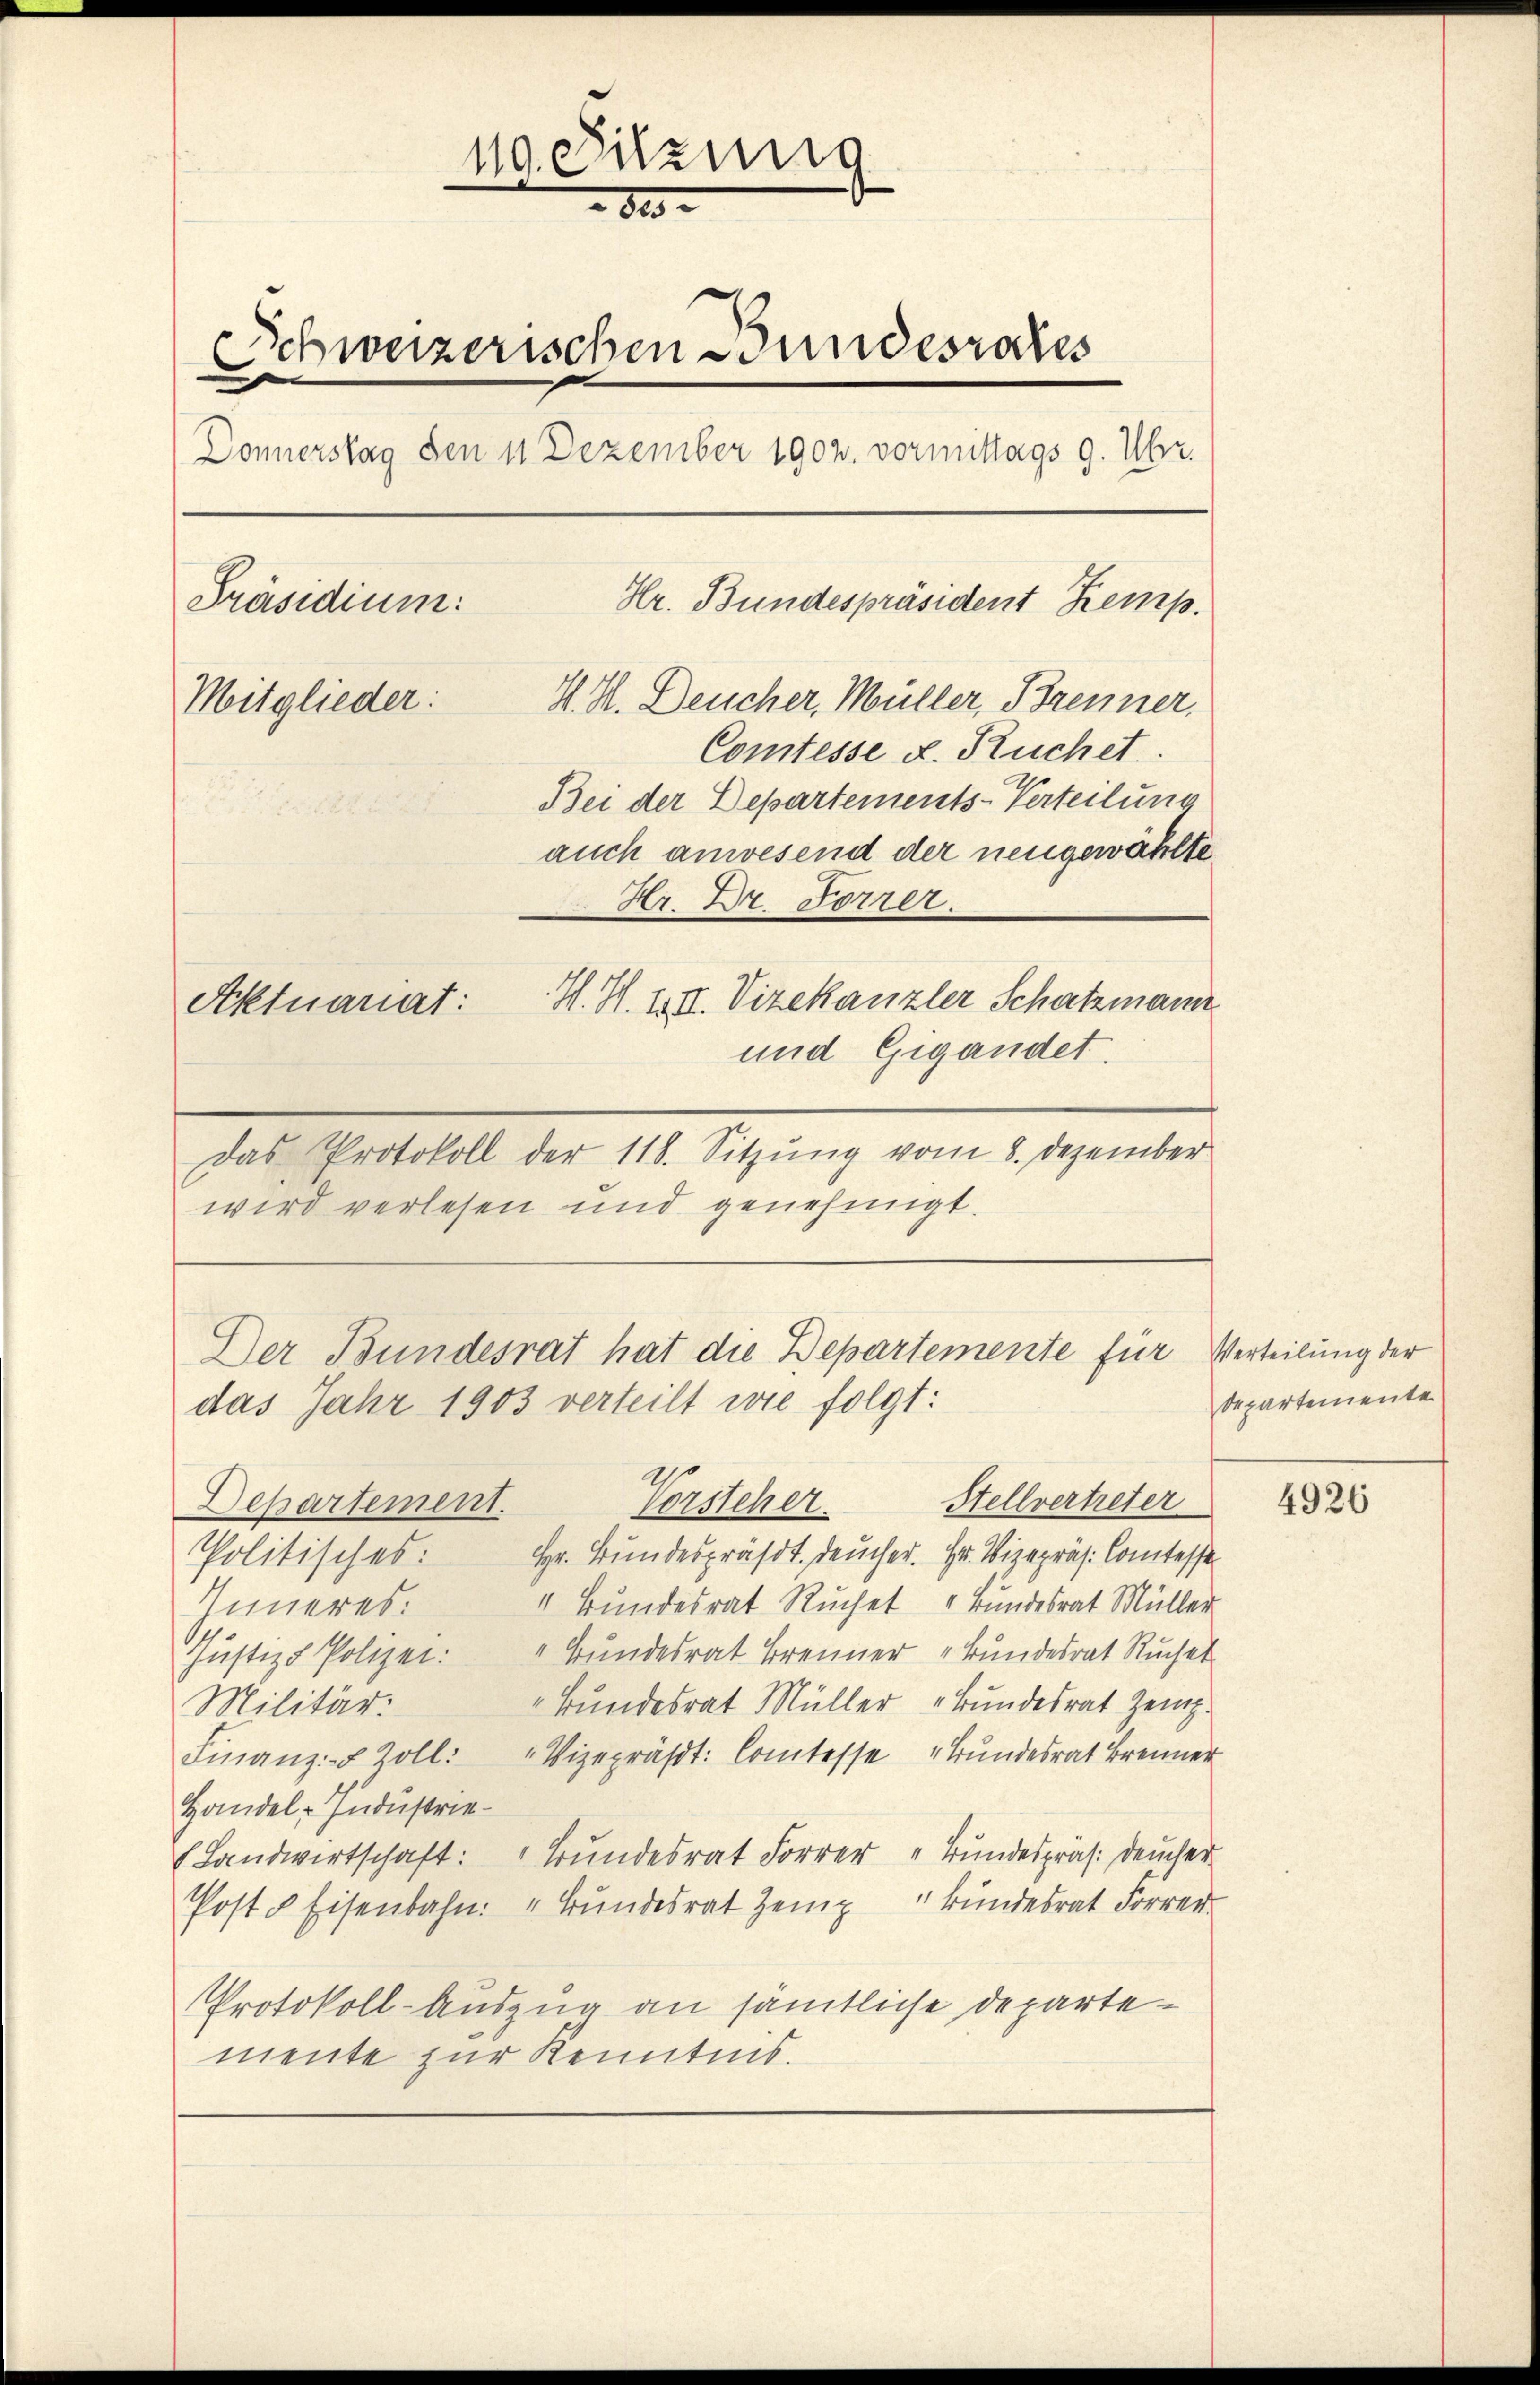
110. Sitzung
800.
Schweizerischen Bundesrates
Donnerstag den 11 Dezember 1902. vormittags 9. Uhr.
Hr. Bundespräsident Kemp
Präsidium:
Mitglieder: H. H. Deucher, Müller, Brenner.
Comtesse d. Ruchet.
Bei der Departements-Verteilung

auch anwesend der neugewählte
Hr. Dr. Forrer.
H. H. III. Vizekanzler Schatzmann
Aktuariat:
und Gigandet.
Das Protokoll der 118. Sitzŭng vom 8. Dezember

wird verlesen und genehmigt.

Der Bundesrat hat die Departemente für
das Jahr 1903 verteilt wie folgt:
Stellvertreter

Departement.
Vorsteher
Politisches: Hr. Bundespräsdt. Deucher. Hr. Vizepräs. Comtesse
" Bundesrat Ruchet " Bundesrat Müller
Inneres.
Justiz & Polizei: „Bundesrat Brenner „Bundesrat Ruchet
Bundesrat Müller „Bundesrat Zeig¬
Militär:
Finanz- Zoll: „Vizepräsdt. Comtesse „Bundesrat Brenner
Handel-Industrie¬
(Landwirtschaft: " Bundesrat Forrer „Bundespräs: Deucher
Post & Eisenbahn. " Bŭndesrat Zeinp" Bŭndesrat Forrer
Protokoll-Auszug an sämtliche Departemente zur Kenntnis.

Verteilung der
departemente

4926